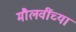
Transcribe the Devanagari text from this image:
मौलवींच्या